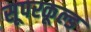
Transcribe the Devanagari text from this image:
सूपरकूल्ड